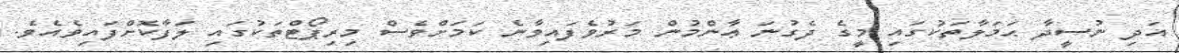
އަދި ނުސީދާ ޙަމަލާތަކުގައި މީގެ ދެގުނަ ޢާންމުން މަރުވެފައިވާނެ ކަމަށްވެސް މިރިޕޯޓްތަކުގައި ލަފާކޮށްފައިވެއެވެ.